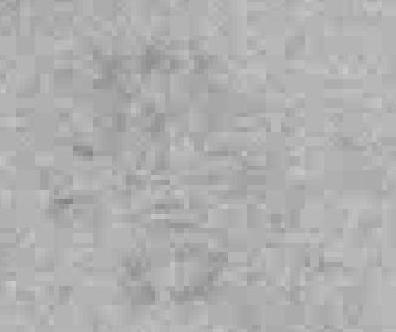
警